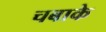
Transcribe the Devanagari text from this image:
चबाके